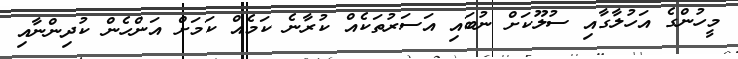
މީހުންގެ އަހުލާގާއި ސުލޫކަށް ނުބައި އަސަރުތަކެއް ކުރާނެ ކަމެއް ކަމަށް އަންހެން ކުދިންނާއި